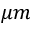
\mu m